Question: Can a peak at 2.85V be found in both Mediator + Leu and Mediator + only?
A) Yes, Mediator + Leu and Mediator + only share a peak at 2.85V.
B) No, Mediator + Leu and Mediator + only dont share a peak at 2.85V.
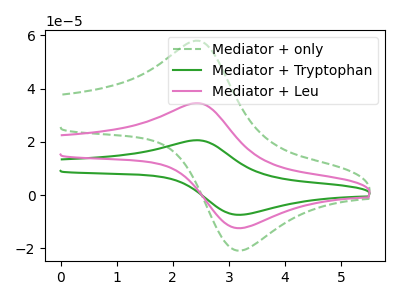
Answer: <think>The green dashed curve "Mediator + only" has an anodic peak at (2.45V, 57.95uA) and a cathodic peak at (3.10V, -20.70uA). The green curve "Mediator + Tryptophan" has an anodic peak at (2.45V, 69.10uA) and a cathodic peak at (3.10V, -24.65uA). The pink curve "Mediator + Leu" has an anodic peak at (2.45V, 34.55uA) and a cathodic peak at (3.10V, -12.35uA).</think>
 <answer>B) No, "Mediator + Leu" and "Mediator + only" dont share a peak at 2.85V.</answer>
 <eval>B</eval>